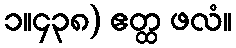
၁။၄၃၈) ဧတ္ထ ဖလံ။